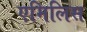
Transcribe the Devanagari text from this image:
एमिलिस